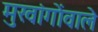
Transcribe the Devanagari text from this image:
मुखांगोंवाले